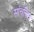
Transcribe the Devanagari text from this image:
सांचलित